Lunatic asylums Punjab 1868-1880 - 1868-1880
Year: 1868
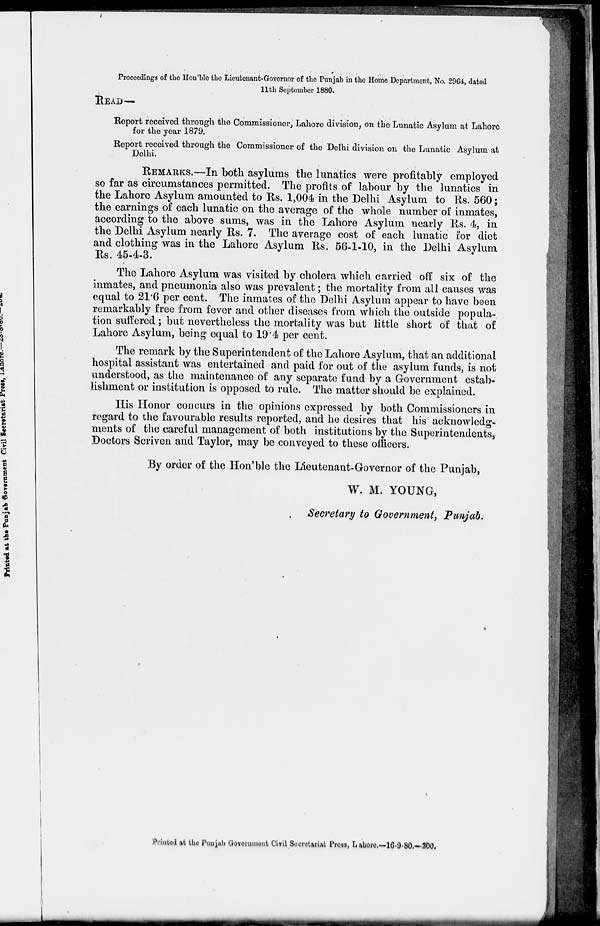
Proceedings of the Hon'ble the Lieutenant-Governor of the Punjab in the Home Department, No. 2964, dated
11th September 1880.
READ—
Report received through the Commissioner, Lahore division, on the Lunatic Asylum at Lahore
for the year 1879.
Report received through the Commissioner of the Delhi division on the Lunatic Asylum at
Delhi.
REMARKS.—In both asylums the lunatics were profitably employed
so far as circumstances permitted. The profits of labour by the lunatics in
the Lahore Asylum amounted to Rs. 1,004 in the Delhi Asylum to Rs. 560;
the earnings of each lunatic on the average of the whole number of inmates,
according to the above sums, was in the Lahore Asylum nearly Rs. 4, in
the Delhi Asylum nearly Rs. 7. The average cost of each lunatic for diet
and clothing was in the Lahore Asylum Rs. 56-1-10, in the Delhi Asylum
Rs. 45-4-3.
The Lahore Asylum was visited by cholera which carried off six of the
inmates, and pneumonia also was prevalent; the mortality from all causes was
equal to 21.6 per cent. The inmates of the Delhi Asylum appear to have been
remarkably free from fever and other diseases from which the outside popula-
tion suffered; but nevertheless the mortality was but little short of that of
Lahore Asylum, being equal to 19.4 per cent.
The remark by the Superintendent of the Lahore Asylum, that an additional
hospital assistant was entertained and paid for out of the asylum funds, is not
understood, as the maintenance of any separate fund by a Government estab-
lishment or institution is opposed to rule. The matter should be explained.
His Honor concurs in the opinions expressed by both Commissioners in
regard to the favourable results reported, and he desires that his acknowledg-
ments of the careful management of both institutions by the Superintendents,
Doctors Scriven and Taylor, may be conveyed to these officers.
By order of the Hon'ble the Lieutenant-Governor of the Punjab,
W. M. YOUNG,
Secretary to Government, Punjab.
Printed at the Punjab Government Civil Secretariat Press, Lahore,—16-9-80.—200.